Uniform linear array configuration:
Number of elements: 24
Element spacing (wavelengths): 0.25
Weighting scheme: hann
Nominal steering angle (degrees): -30
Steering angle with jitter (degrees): -30.088
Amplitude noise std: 0.05
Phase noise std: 0.05

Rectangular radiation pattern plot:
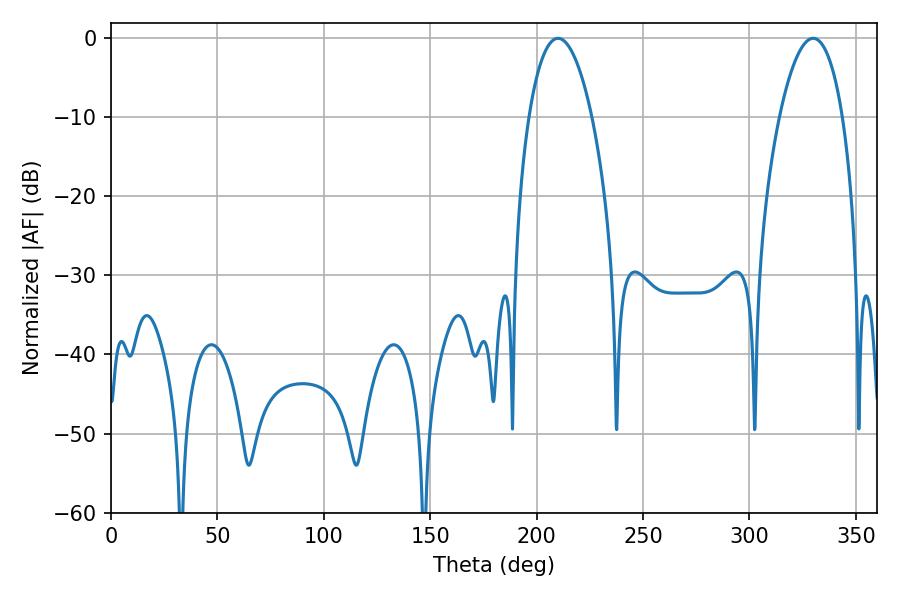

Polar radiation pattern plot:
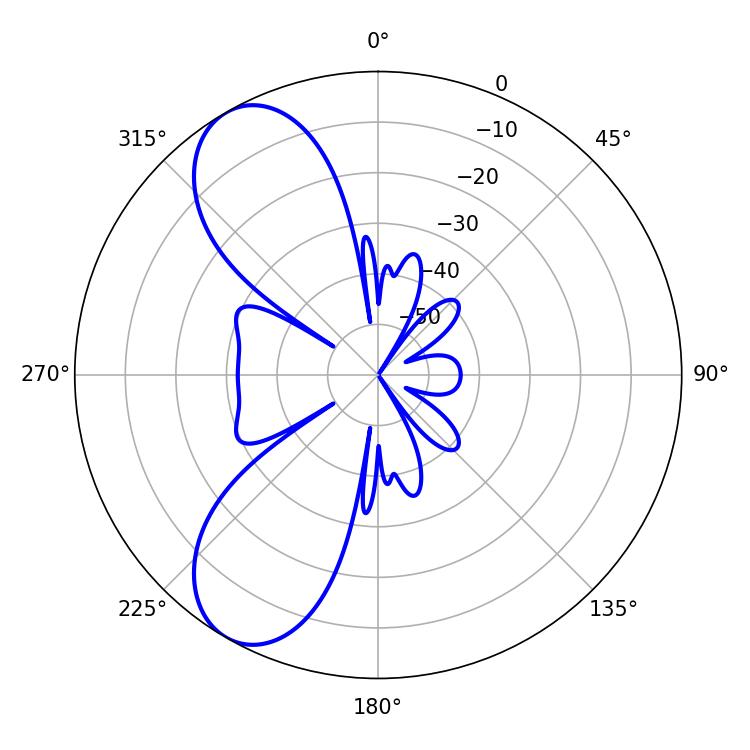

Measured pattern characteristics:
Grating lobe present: FALSE
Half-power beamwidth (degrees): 16.56
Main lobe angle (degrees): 210.06